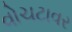
વોચટાવર